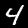
Label: 4